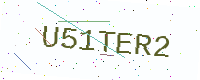
Text: U51TER2